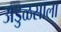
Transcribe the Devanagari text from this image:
अडुळसाला